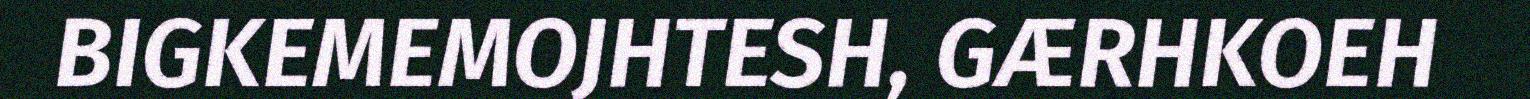
BIGKEMEMOJHTESH, GÆRHKOEH